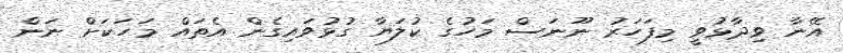
އޭނާ ވިދާޅުވީ މިފަހަރު ނޫނަސް މަހުގެ ކުލަޔާ ގުޅުވައިގެން އެތައް މަހަކަށް ނަން